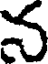
న